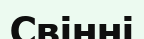
Свінні